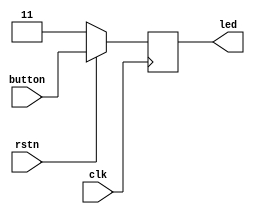
module PushButtonLED(
    input clk,
    input rstn,
    input [1:0] button,
    output reg [1:0] led
);

// led
always @(posedge clk) begin
    if(~rstn) begin
        led <= 2'b11;
    end else begin
        led <= button;
    end
end

endmodule